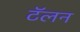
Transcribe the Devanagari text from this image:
टॅलन